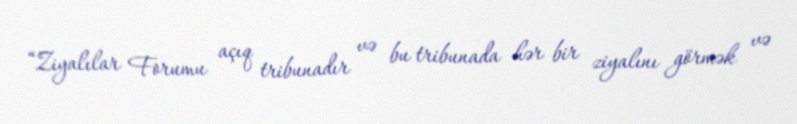
“Ziyalılar Forumu açıq tribunadır və bu tribunada hər bir ziyalını görmək və